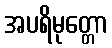
အပရိမုတ္တော